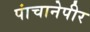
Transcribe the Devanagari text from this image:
पांचानेपीर